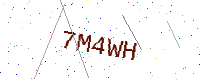
Text: 7M4WH